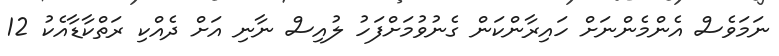
ނަމަވެސް އެންމެންނަށް ހައިރާންކަން ގެނުވުމަށްފަހު ލުއިސް ނާނި އަށް ދެއްކި ރަތްކާޑާއެކު 12